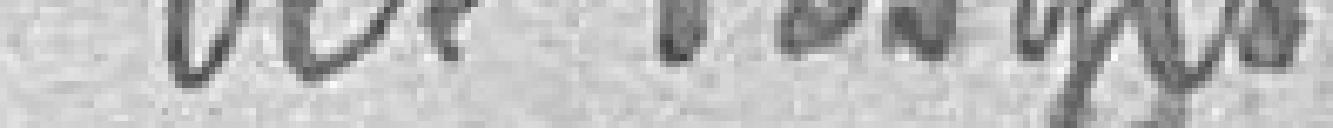
des Vosges.